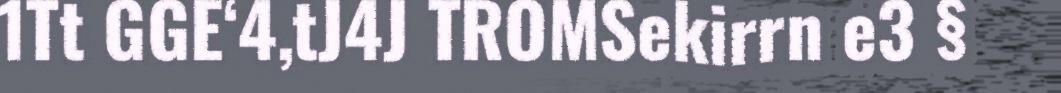
1Tt GGE‘4,tJ4J TROMSekirrn e3 §